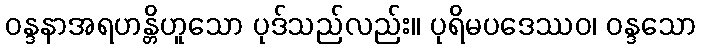
ဝန္ဒနာအရဟန္တိဟူသော ပုဒ်သည်လည်း။ ပုရိမပဒေဿဝ၊ ဝန္ဒသော